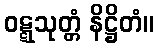
ဝဋ္ဋသုတ္တံ နိဋ္ဌိတံ။